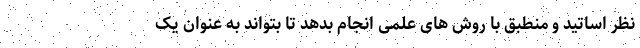
نظر اساتید و منطبق با روش های علمی انجام بدهد تا بتواند به عنوان یک